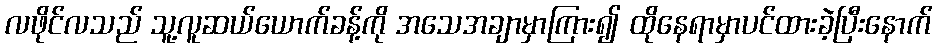
လဖိုင်လသည် သူ့လူဆယ်ယောက်ခန့်ကို အသေအချာမှာကြား၍ ထိုနေရာမှာပင်ထားခဲ့ပြီးနောက်